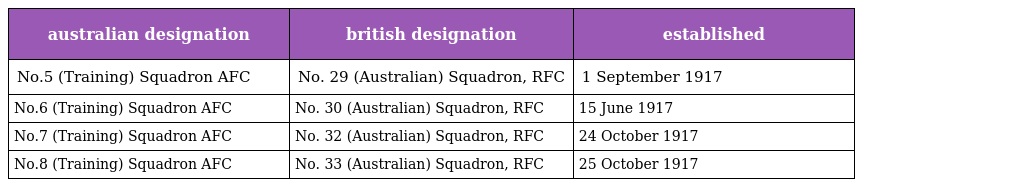
| australian designation | british designation | established |
 | --- | --- | --- |
 | No.5 (Training) Squadron AFC | No. 29 (Australian) Squadron, RFC | 1 September 1917 |
 | No.6 (Training) Squadron AFC | No. 30 (Australian) Squadron, RFC | 15 June 1917 |
 | No.7 (Training) Squadron AFC | No. 32 (Australian) Squadron, RFC | 24 October 1917 |
 | No.8 (Training) Squadron AFC | No. 33 (Australian) Squadron, RFC | 25 October 1917 |